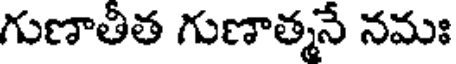
గుణాతీత గుణాత్మనే నమః